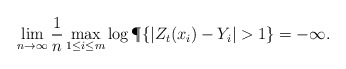
\begin{align*}\lim_{n\to\infty} \frac1n \max_{1\le i\le m}\log\P\{ | Z_t(x_i) - Y_i|> 1\}=-\infty.\end{align*}